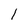
Character: 1